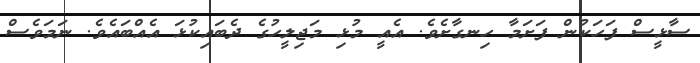
ސާޅީސް ފަހަކުން ފަށަމާ ހިނގާށެވެ. އެއީ މުޅި މަޖިލީހުގެ ދެބައިކުޅަ އެއްބައެވެ. ނަމަވެސް